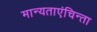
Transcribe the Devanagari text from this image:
मान्यताएंचिन्ता